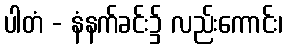
ပါတံ - နံနက်ခင်း၌ လည်းကောင်း၊